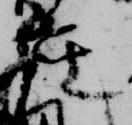
座